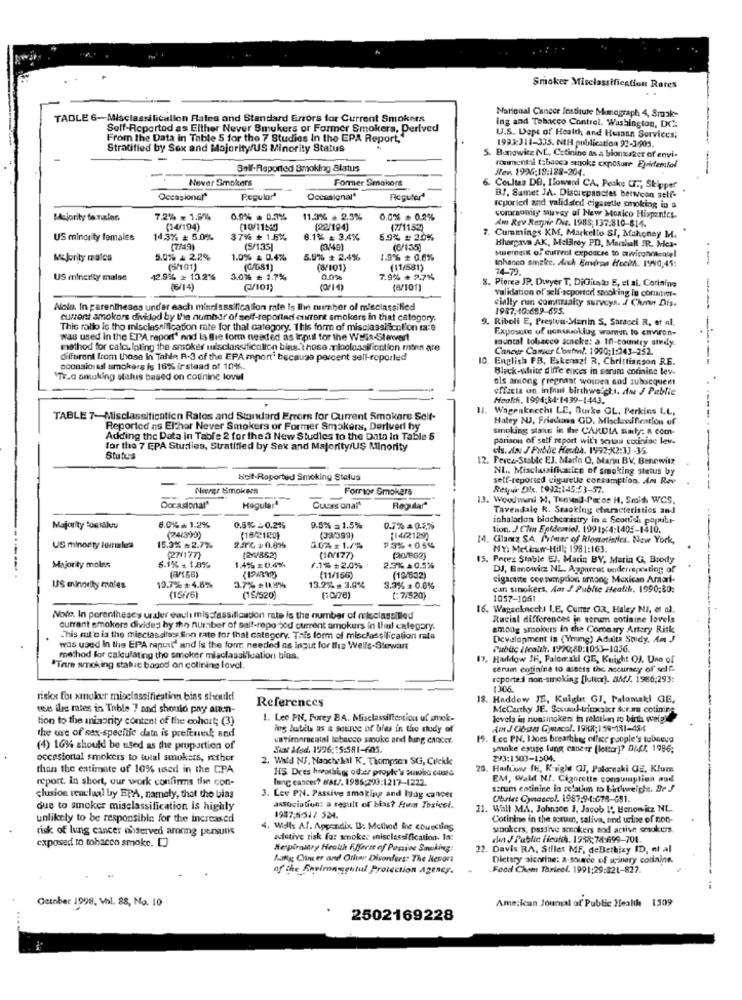
Smoker Misclassification Rates
TADLE 6-Misclassilicallon Rates and Standard Errors for Current Smokers
National Cancer Institute Monograph 4, Smak-
Self-Reportod as Elther Never Smukers or Former Smokers, Derived
ing and Tobacco Control. Washington, DC:
From the Data in Table 5 for the 7 Studies In the EPA Report,"
U.S. Dept of Health and Humann Services;
1993311-335. NH publication 92-3605.
Stratified by Sex and Majority/US Minority Status
5. Bunowitz NL. Cetinine as a bionsaker of envi-
Ball-Reported Smoking Status
ronmental (sbacca sanoke exposure Epidemfel
Her. 1926;18:188-204.
Never Simokars
Former Smokers
Coultas DE, Ilowsod CA. Peske (T ., Skipper
Occasional*
Regularª
Occasional"
Fioguter4
BJ. Samet JA. Discrepancies between self-
Icported and validated cigarette smoking in a
commomay suavey al New Mexico Hispanics.
Majority to nales
7.2% - 1.5%
0,9% = 0.7%
11.3% . 2.3%
0.0% * 0.2%
Am Rev Respir Die. 1988; 137:810-814.
(14/194)
(10/1151)
(22/194]
17/1152)
US minority females
14,3% # 5.0%
37% + 1.5%.
6.1% = 3,4%
6.9% =20%
7. Cummings KM, Markello SI, Mahoney M.
(7/49)
(5/135]
(3/49)
(6/135]
Muerekt of current expearse to owisonokcalel
Bhargava AK, Metalrey PD, Marslull JR. Mes-
Majority malcs
5.0% & 2.2%
1.0% & 0.4%
5.9% * 2.4%
1.9% # 0,6%
thanco smake. Auch Envirga HeckA. 1990,45:
-
(5/101)
(G/G81)
(8101)
(11/581)
74-79.
US minority malse
42.9% = 10.2%
3.0% = 1.7%
an
7.9% + 2.7%
8. Pierea JP. Dwyer T, DiCitado E, et al. Corinine
(6/14)
(/101)
Validation of self-acported smoking in contie-
cially run comnaalty surveys. / Chan Dis.
Alolo. In parentheses under each misclassification rate is Ihn number of misclassified
1987, 10:689-695.
current amokors divided by the number of self-reported current smokers in that category.
9. Riboli E, Prestou-Marin S, Sarsoci R, et al.
This rallo is tho misclassification rate for thal category. This form of misclassicol'on rare
Exposure of uonssuaklug waren to environ-
was used in the EPA report' and Is the form needed as Irotil for the Weis-Stewart
mountal tobacco steke: a- 10-country study.
method for calculating the smoker misclassification blas.those.niloclassification minn are
Cancer Camier L'onfwf. 1990;1:243-252.
different from those In Tahle R-3 of the EPA mport" because percent sell-roporled
10. English PB, Eskenazi R, Christianson RE.
oconsiousal ssmokars is 16% instead of 10%.
Black-white diffe ences in serum corining lev.
"Tr.c antking status based on cotinine lovel
als among pregnant women and subsequent
effects on infant birthweight, Ane J Public
Health, 1994:84-1439-1443.
1J. Wagenknecht LE, Burke OL, Perkins LL,
TABLE 7-Misclassification Ratos and Standard Errore for Current Smokere Scif.
Hatey NUJ. Friedan GD. Misclassification of
Reported ns Elchor Never Smokers of Former Smokers, Derived by
smoking statue in the CARDIA siity: a com-
Adding the Data in Table 2 for the 3 New Studies to the Data In Table 5
parisou of self report with sciu cucinine lev.
for the 7 EPA Studies, Stratified by Sex and Majority/UŞ Minority
els. Jin J Pubhe Heuba. 1992-X2:33 -35
Status
12. Perez-Stable EJ. Marin Q, Marin BV, Benewitz
NL, Misclassificatice of smoking status by
beit-Raported Smoking Status
self-reported ciguelle conzamption. Am Rev
Norge Smokers
Formor Smokers
Respir Dix. 1992:145:53-57.
13. Woudwani M, Tunund-Pocoe H. Smith WCS,
Occasional"
Hegularª
Cuissonalt
Regular"
Tavendale R. Smacking characteristics and
inhalacon biochemistry in a Seonich papuhr-
Majority tomalvu
6.0%+ 1.2%
0,5% -0.2%%
9.5% = 1.5%
0.7% = 0.5%%
tion. J Clin Epidemiel. 1991×4:1405-1410.
(24/3)0)
(182120)
(32/399)
(14/2129)
14. Gilamz SA. Printer of Rlosatinles. New York,
US minority lemalea
15.3% =2.7%
2.174, 1:0.015
3.04=1.7%
₱3%+0.5%
NY: Melinw-Hill; 1981:163.
6.1% - 1,8%
(27177)
(10/177)
15. Perez Stable EJ, Marin BY, Marin G, Brody
Majority moles
1.4% = 0.4%
2.3% $0.5%
DJ, Bmnowicz NL. Apparent underreposting of
(3/166)
(11/166)
(10/832)
cigarette consumption trong Mexican Amorf-
US minority males
19.7% $4.6%%
3.7% +0,8%
13.2% = 3.0%
3.3% = 0.0%
can smokers, Am f Public Health, 1990:80:
(15/(6)
(15/520)
(1078)
[: 7/520)
1057-1061
16. Wagenknecht LE, Cumr OR, Hale, NJ, et al.
Note. In parentheses undder eauli miss assification rate is the number of misclassilled
Racial differences in serum cotiaine lovels
currant smokers divided by the number of salt-repo god current smokers in thal category.
among smokers in the Coronary Artery Risk
This mit'o ia the mieclasslay Son rate for that category. This form of misclassification rale
Development in (Ymmg) Adalta Spidy. Am J
was used In the EPA raputt' and is the forr needed os input for the Wells-Stewart
Pubuc Health. 1990,80:1053-1056.
method for calculating the smoker miaclasalilcation bios.
17. Haddow IF, Palem aki GE, Kuright QJ. Una of
*Tere smoking static based on colining level.
serum cotinine to assess the accuracy of self-
reported non-smoking [lulicr). AMJ. 1966:293:
1306
riskx for xttiuker misclassifiestinn bins should
References
18. Haddew JE, Kulglet GI. Palomaki GE,
des iles rates in Table 7 and should pay atan-
Mccarthy JE. Scumul-trinsr fur.ma cotinies
tion to the minority content of the cohort; (3)
1. Lee PN, Furey BA. Misclassiltention uf smok-
levels in nonsmokers in relation to birth weight
the use of sex-specific data is preftuel; and
ing hutits as a source of bits in the study of
AntJ Obser Cynacol. 1988:159-181-484
varimonmental tobacco smoke and lung cancer.
19. Ecc PN. IDoes breathing office people's tobeug
(4) 16% should be used as the proportion of
Siat Med. 1996 ;: 5:581-605.
smoke estito lung cancer [leitor]? DACK 1986;
occasional smokers to total smokers, rather
2. Wald NF, Naochehal K. Thompson SG, Ciekke
293:1503-1504.
than the estimate of 10% used in the CPA
HS Dees hoothing oder proyle's suwho care
20. Harhow (E. Knight GJ, Palomaki GE, Klom
report. In short, our work confirms the con-
lung cancer? MAL/. 1985:293:1217-1222.
EM, Wald NI. Cigarette consumption and
ssrum eatinine in relation to birtlwreicht. Br J
clusion reaclual by EPA, namely, that the bias
3. Lee PN. Passive smoking and Idag cancer
Ubrint Cymaccol. 1987:94:678-691.
due to smoker misclassification Is highly
association: a result of bias? ften Toxicol.
1. Wall MA. Johnson J. Jacob 1º, Uenowitz NL.
unlikely to be responsible for the increased
1957:5-51/ 524.
Cotinine in the sorum, saliva, and urine of non-
risk of lung cancer observed among persutis
4. Wells Af. Appendix B: Method Ine couscting
wookers, passive smokers and active smokers
exposed to tobacco smoke. [
estive tisk fa: snoker nisclassification. la:
det J Public ficoth. 1958;78-699-701.
Respiraitry Hroth Ffform of Pagine Smoking:
22. Davis RA, Stlles MF, deDethizy ID, et al
Many Chine er and Other Disorders The Resort
Dietary alcaine: a-source of winery cotiaine.
of the Environgehtul Protection Agency.
Food Chom Tarieel. 1991:29:321-827.
44
American Journal of Public Health 1509
October 1998, Whl. 88, No. 10
2502169228